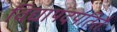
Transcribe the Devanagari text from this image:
विद्यापदपतितैः